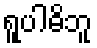
ရူပါဓိဘူ